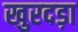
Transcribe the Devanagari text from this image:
खुरदड़ा